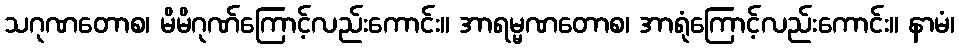
သဂုဏတောစ၊ မိမိဂုဏ်ကြောင့်လည်းကောင်း။ အာရမ္မဏတောစ၊ အာရုံကြောင့်လည်းကောင်း။ နာမံ၊